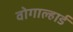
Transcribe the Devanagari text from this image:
वोगाल्हार्ड